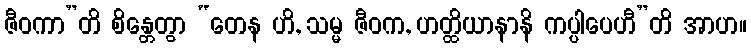
ဇီဝကာ”တိ စိန္တေတွာ “တေန ဟိ, သမ္မ ဇီဝက, ဟတ္ထိယာနာနိ ကပ္ပါပေဟီ”တိ အာဟ။